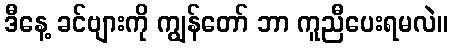
ဒီနေ့ ခင်ဗျားကို ကျွန်တော် ဘာ ကူညီပေးရမလဲ။